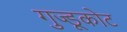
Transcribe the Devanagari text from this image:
गुज्डूकोट